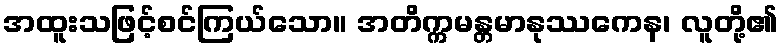
အထူးသဖြင့်စင်ကြယ်သော။ အတိက္ကမန္တမာနုဿကေန၊ လူတို့၏